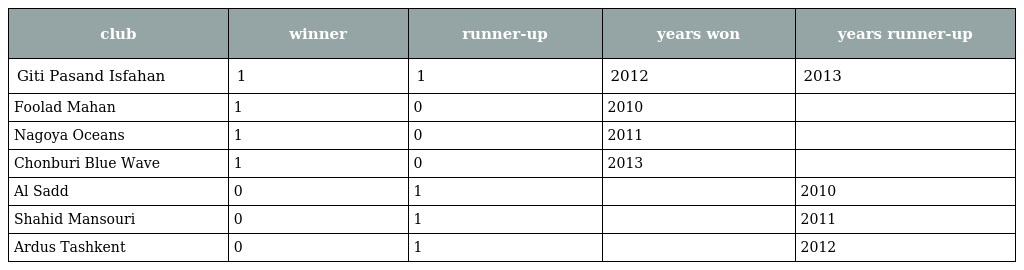
| club | winner | runner-up | years won | years runner-up |
 | --- | --- | --- | --- | --- |
 | Giti Pasand Isfahan | 1 | 1 | 2012 | 2013 |
 | Foolad Mahan | 1 | 0 | 2010 |  |
 | Nagoya Oceans | 1 | 0 | 2011 |  |
 | Chonburi Blue Wave | 1 | 0 | 2013 |  |
 | Al Sadd | 0 | 1 |  | 2010 |
 | Shahid Mansouri | 0 | 1 |  | 2011 |
 | Ardus Tashkent | 0 | 1 |  | 2012 |